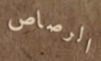
الرصاص